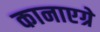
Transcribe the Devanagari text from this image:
कानाएग्रे